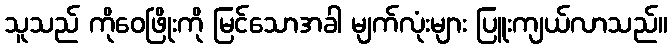
သူသည် ကိုဝေဖြိုးကို မြင်သောအခါ မျက်လုံးများ ပြူးကျယ်လာသည်။